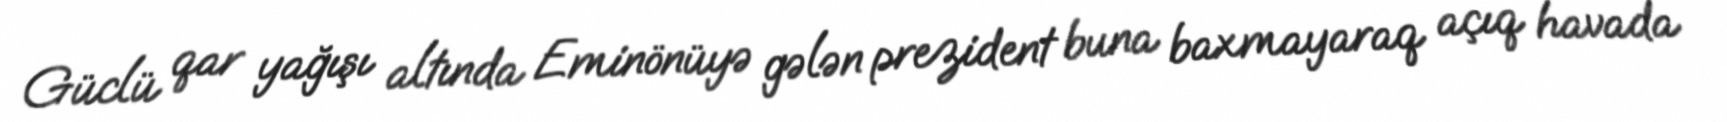
Güclü qar yağışı altında Eminönüyə gələn prezident buna baxmayaraq açıq havada